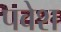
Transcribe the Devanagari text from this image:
पवेश